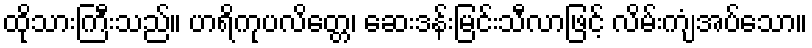
ထိုသားကြီးသည်။ ဟရိကုပလိတ္တေ၊ ဆေးဒန်းမြင်းသီလာဖြင့် လိမ်းကျံအပ်သော။